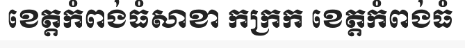
ខេត្តកំពង់ធំសាខា កក្រក ខេត្តកំពង់ធំ